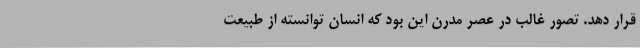
قرار دهد. تصور غالب در عصر مدرن این بود که انسان توانسته از طبیعت